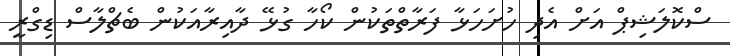
ސްކޮލަޝިޕް އަށް އެދި ހުށަހަޅާ ފަރާތްތަކުން ކޯހާ ގުޅޭ ދާއިރާއަކުން ބެޗްލާސް ޑިގްރީ